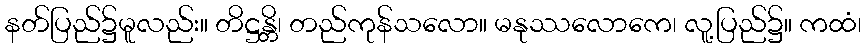
နတ်ပြည်၌မူလည်း။ တိဋ္ဌန္တိ၊ တည်ကုန်သလော။ မနုဿလောကေ၊ လူ့ပြည်၌။ ကထံ၊